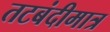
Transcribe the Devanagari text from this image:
तटबंदीमात्र